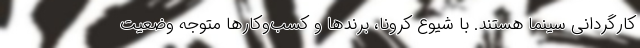
کارگردانی سینما هستند. با شیوع کرونا، برندها و کسب‌وکارها متوجه وضعیت